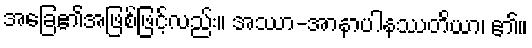
အခြေ၏အဖြစ်ဖြင့်လည်း။ အဿာ-အာနာပါနဿတိယာ၊ ၏။